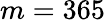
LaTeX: m=365